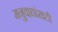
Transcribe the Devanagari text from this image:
मनुवाद्यांसाठी